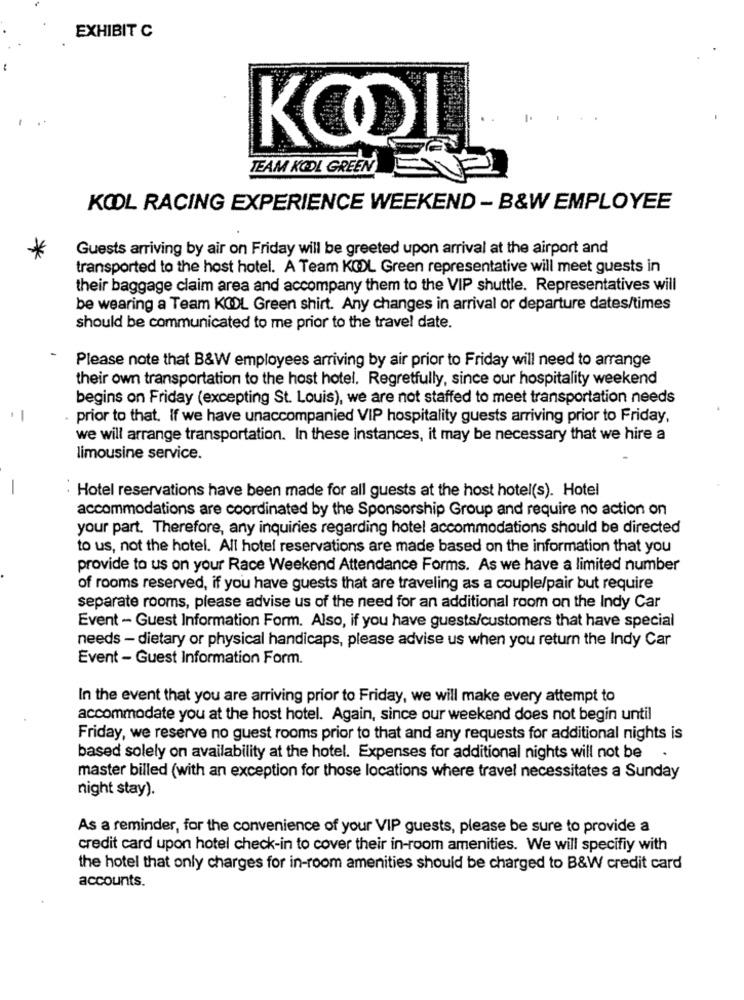
EXHIBIT C
1.
KOOL
TEAM KOOL GREEN
KOL RACING EXPERIENCE WEEKEND - B&W EMPLOYEE
Guests arriving by air on Friday will be greeted upon arrival at the airport and
transported to the host hotel. A Team KOL Green representative will meet guests in
their baggage claim area and accompany them to the VIP shuttle. Representatives will
be wearing a Team KODL Green shirt. Any changes in arrival or departure dates/times
should be communicated to me prior to the travel date.
Please note that B&W employees arriving by air prior to Friday will need to arrange
their own transportation to the host hotel. Regretfully, since our hospitality weekend
begins on Friday (excepting St. Louis), we are not staffed to meet transportation needs
-
. prior to that. If we have unaccompanied VIP hospitality guests arriving prior to Friday,
we will arrange transportation. In these instances, it may be necessary that we hire a
limousine service.
-
Hotel reservations have been made for all guests at the host hotel(s). Hotel
accommodations are coordinated by the Sponsorship Group and require no action on
your part. Therefore, any inquiries regarding hotel accommodations should be directed
to us, not the hotel. All hotel reservations are made based on the information that you
provide to us on your Race Weekend Attendance Forms. As we have a limited number
of rooms reserved, if you have guests that are traveling as a couple/pair but require
separate rooms, please advise us of the need for an additional room on the Indy Car
Event - Guest Information Form. Also, if you have guests/customers that have special
needs - dietary or physical handicaps, please advise us when you return the Indy Car
Event - Guest Information Form.
In the event that you are arriving prior to Friday, we will make every attempt to
accommodate you at the host hotel. Again, since our weekend does not begin until
Friday, we reserve no guest rooms prior to that and any requests for additional nights is
based solely on availability at the hotel. Expenses for additional nights will not be
.
master billed (with an exception for those locations where travel necessitates a Sunday
night stay).
As a reminder, for the convenience of your VIP guests, please be sure to provide a
credit card upon hotel check-in to cover their in-room amenities. We will specifiy with
the hotel that only charges for in-room amenities should be charged to B&W credit card
accounts.